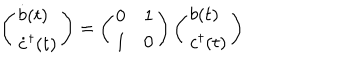
\left( \begin{array} { l } { { \dot { b } ( t ) } } \\ { { \dot { c } ^ { \dagger } ( t ) } } \\ \end{array} \right) = \left( \begin{array} { l l } { { 0 } } & { { 1 } } \\ { { 1 } } & { { 0 } } \\ \end{array} \right) \left( \begin{array} { l } { { b ( t ) } } \\ { { c ^ { \dagger } ( t ) } } \\ \end{array} \right)